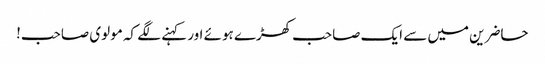
حاضرین میں سے ایک صاحب کھڑے ہوئے اور کہنے لگے کہ مولوی صاحب!